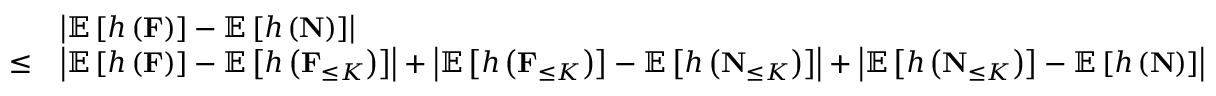
\begin{array} { r l } & { \left| \mathbb { E } \left[ h \left( \mathbf { F } \right) \right] - \mathbb { E } \left[ h \left( \mathbf { N } \right) \right] \right| } \\ { \leq } & { \left| \mathbb { E } \left[ h \left( \mathbf { F } \right) \right] - \mathbb { E } \left[ h \left( \mathbf { F } _ { \leq K } \right) \right] \right| + \left| \mathbb { E } \left[ h \left( \mathbf { F } _ { \leq K } \right) \right] - \mathbb { E } \left[ h \left( \mathbf { N } _ { \leq K } \right) \right] \right| + \left| \mathbb { E } \left[ h \left( \mathbf { N } _ { \leq K } \right) \right] - \mathbb { E } \left[ h \left( \mathbf { N } \right) \right] \right| } \end{array}